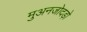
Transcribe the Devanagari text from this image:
मुअनजोदड़ो